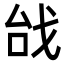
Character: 𢦯